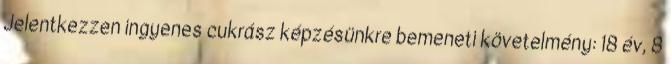
Jelentkezzen ingyenes cukrász képzésünkre bemeneti követelmény: 18 év, 8